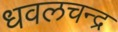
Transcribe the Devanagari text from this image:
धवलचन्द्र